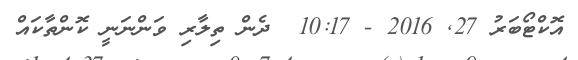
އޮކްޓޯބަރު 27